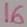
Text: 16